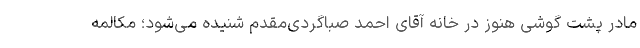
مادر پشت گوشی هنوز در خانه آقای احمد صباگردی‌مقدم شنیده می‌شود؛ مکالمه